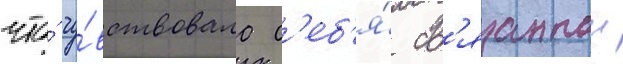
что́ чу́вствовала с'еб'я́ св'язаннои